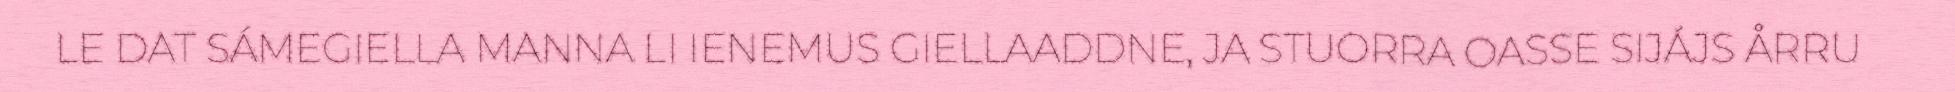
LE DAT SÁMEGIELLA MANNA LI IENEMUS GIELLAADDNE, JA STUORRA OASSE SIJÁJS ÅRRU